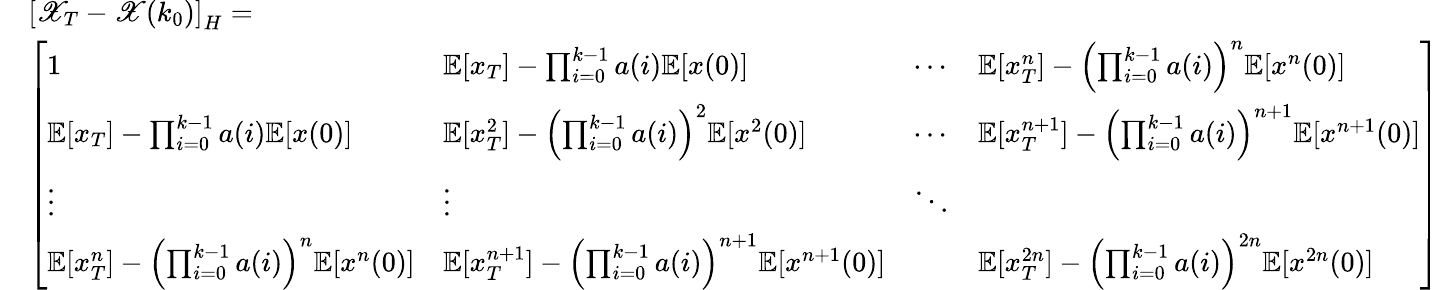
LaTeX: \begin{array}{rl}&{\left[\mathscr{X}_{T}-\mathscr{X}(k_{0})\right]_{H}=}\\ &{\left[\begin{array}{llll}{1}&{\mathbb{E}[x_{T}]-\prod_{i=0}^{k-1}a(i)\mathbb{E}[x(0)]}&{\cdots}&{\mathbb{E}[x_{T}^{n}]-\left(\prod_{i=0}^{k-1}a(i)\right)^{n}\mathbb{E}[x^{n}(0)]}\\ {\mathbb{E}[x_{T}]-\prod_{i=0}^{k-1}a(i)\mathbb{E}[x(0)]}&{\mathbb{E}[x_{T}^{2}]-\left(\prod_{i=0}^{k-1}a(i)\right)^{2}\mathbb{E}[x^{2}(0)]}&{\cdots}&{\mathbb{E}[x_{T}^{n+1}]-\left(\prod_{i=0}^{k-1}a(i)\right)^{n+1}\mathbb{E}[x^{n+1}(0)]}\\ {\vdots}&{\vdots}&{\ddots}&\\ {\mathbb{E}[x_{T}^{n}]-\left(\prod_{i=0}^{k-1}a(i)\right)^{n}\mathbb{E}[x^{n}(0)]}&{\mathbb{E}[x_{T}^{n+1}]-\left(\prod_{i=0}^{k-1}a(i)\right)^{n+1}\mathbb{E}[x^{n+1}(0)]}&&{\mathbb{E}[x_{T}^{2n}]-\left(\prod_{i=0}^{k-1}a(i)\right)^{2n}\mathbb{E}[x^{2n}(0)]}\end{array}\right]}\end{array}